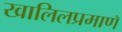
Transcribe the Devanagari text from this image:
खालिलप्रमाणॅ